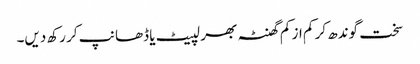
سخت گوندھ کر کم از کم گھنٹہ بھر لپیٹ یا ڈھانپ کر رکھ دیں۔